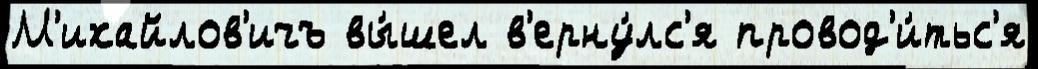
М'ихайлов'ичъ вы́шел в'ерну́лс'я провод'и́тьс'я